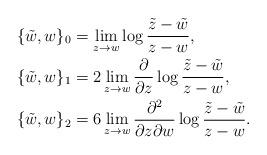
LaTeX: \begin{align*}\{\tilde{w},w\}_0&=\lim_{z\to w} \log\frac{\tilde{z}-\tilde{w}}{z-w},\\\{\tilde{w},w\}_1&=2\lim_{z\to w} \frac{\partial}{\partial z}\log\frac{\tilde{z}-\tilde{w}}{z-w},\\\{\tilde{w},w\}_2&=6\lim_{z\to w} \frac{\partial^2}{\partial z\partial w}\log\frac{\tilde{z}-\tilde{w}}{z-w}.\end{align*}